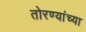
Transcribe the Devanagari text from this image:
तोरण्यांच्या